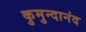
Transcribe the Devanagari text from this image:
कुमुन्दानंद